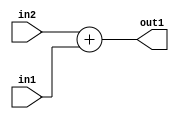
`timescale 1ps / 1ps
/*****************************************************************************
    Verilog RTL Description
    
    
    Created by: Stratus DpOpt 2019.1.01 
*******************************************************************************/

module SobelFilter_Add_12Sx9U_12S_1 (
	in2,
	in1,
	out1
	); /* architecture "behavioural" */ 
input [11:0] in2;
input [8:0] in1;
output [11:0] out1;
wire [11:0] asc001;

assign asc001 = 
	+(in2)
	+(in1);

assign out1 = asc001;
endmodule

/* CADENCE  ubLzQww= : u9/ySgnWtBlWxVPRXgAZ4Og= ** DO NOT EDIT THIS LINE ******/